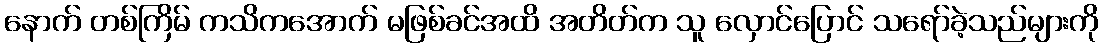
နောက် တစ်ကြိမ် ကသိကအောက် မဖြစ်ခင်အထိ အတိတ်က သူ လှောင်ပြောင် သရော်ခဲ့သည်များကို